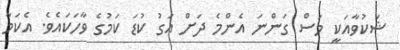
ޝަކުވާއަކީ މަސް ގަންނަ އެންމެ ދަށް އަގު ކުޑަ ކަމުގެ ވާހަކައެވެ. އެކަމާ